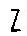
Z